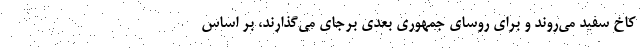
کاخ سفید می‌روند و برای روسای جمهوری بعدی برجای می‌گذارند،‌ بر اساس